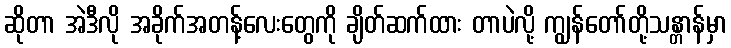
ဆိုတာ အဲဒီလို အခိုက်အတန့်လေးတွေကို ချိတ်ဆက်ထား တာပဲလို့ ကျွန်တော်တို့သန္တာန်မှာ